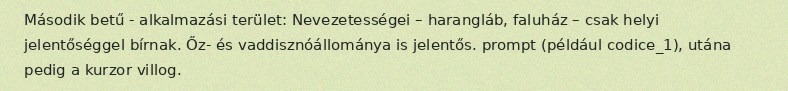
Második betű - alkalmazási terület: Nevezetességei – harangláb, faluház – csak helyi jelentőséggel bírnak. Őz- és vaddisznóállománya is jelentős. prompt (például codice_1), utána pedig a kurzor villog.